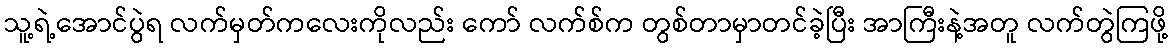
သူ့ရဲ့အောင်ပွဲရ လက်မှတ်ကလေးကိုလည်း ကော် လက်စ်က တွစ်တာမှာတင်ခဲ့ပြီး အာကြီးနဲ့အတူ လက်တွဲကြဖို့